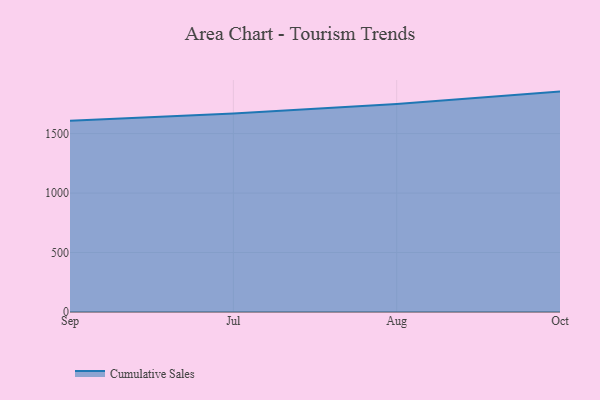
{"axis": {"x": "Month", "y": "Shipments"}, "legend": ["Cumulative Sales"], "data": [{"x": "Sep", "y": 1608.8, "type": "Cumulative Sales"}, {"x": "Jul", "y": 1669.9, "type": "Cumulative Sales"}, {"x": "Aug", "y": 1748.0, "type": "Cumulative Sales"}, {"x": "Oct", "y": 1853.0, "type": "Cumulative Sales"}]}